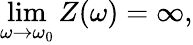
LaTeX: \operatorname*{lim}_{\omega\to\omega_{0}}Z(\omega)=\infty,